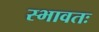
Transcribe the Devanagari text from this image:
स्भावतः